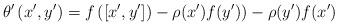
LaTeX: \begin{gather*}\theta'\left(x',y' \right)=f\left( \left[x',y' \right]\right)-\rho(x')f(y'))-\rho(y' )f(x') \end{gather*}